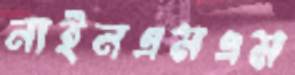
নাইনএমএম